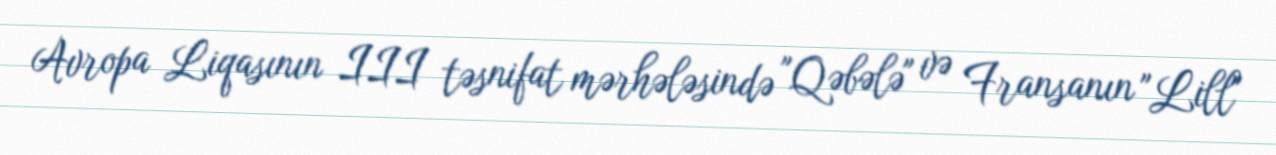
Avropa Liqasının III təsnifat mərhələsində "Qəbələ" və Fransanın "Lill"